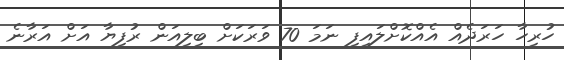
ހުރިހާ ހަރަދެއް އެއްކޮށްލައިފި ނަމަ 70 ވަރަކަށް ބިލިއަން ރުފިޔާ އަށް އަރާނެ